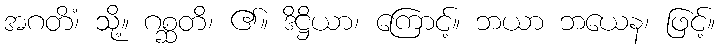
အဂတိံ၊ သို့။ ဂစ္ဆတိ၊ ၏။ ဒိဋ္ဌိယာ၊ ကြောင့်။ ဘယာ ဘယေန၊ ဖြင့်။